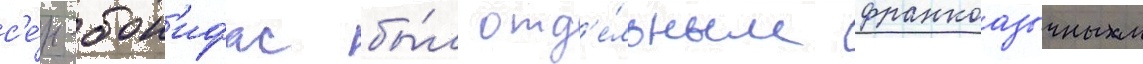
с'е́н-бон'ифас бы́л отд'е́льным франкоазычным